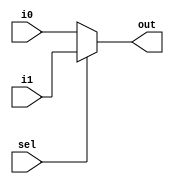
module MUX2 #(parameter len=32)(output [len-1:0]out,
								input  [len-1:0]i0,
								input  [len-1:0]i1,
								input  sel
								);
	
	assign out = ~sel ? i0 : i1;

endmodule